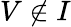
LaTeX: V\not\in I